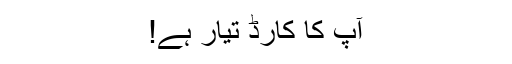
آپ کا کارڈ تیار ہے!